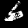
Label: 6